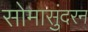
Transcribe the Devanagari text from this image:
सोमासुंदरन